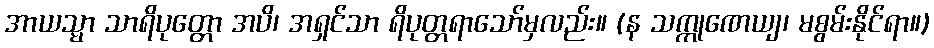
အာယသ္မာ သာရိပုတ္တော အပိ၊ အရှင်သာ ရိပုတ္တရာသော်မှလည်း။ (န သက္ကုဏေယျ၊ မစွမ်းနိုင်ရာ။)